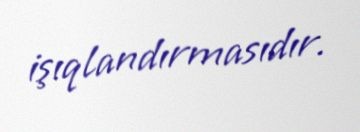
işıqlandırmasıdır.